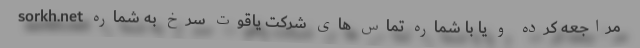
sorkh.net مراجعه کرده و یا با شماره تماس های شرکت یاقوت سرخ به شماره